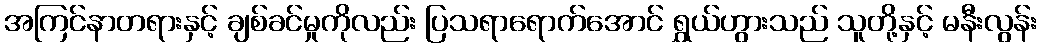
အကြင်နာတရားနှင့် ချစ်ခင်မှုကိုလည်း ပြသရာရောက်အောင် ရွှယ်ဟွားသည် သူတို့နှင့် မနီးလွန်း